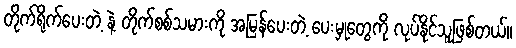
တိုက်ရိုက်ပေးတဲ့ နဲ့ တိုက်စစ်သမားကို အမြန်ပေးတဲ့ ပေးမှုတွေကို လုပ်နိုင်သူဖြစ်တယ်။